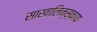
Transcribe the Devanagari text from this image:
साखालिन्स्काया